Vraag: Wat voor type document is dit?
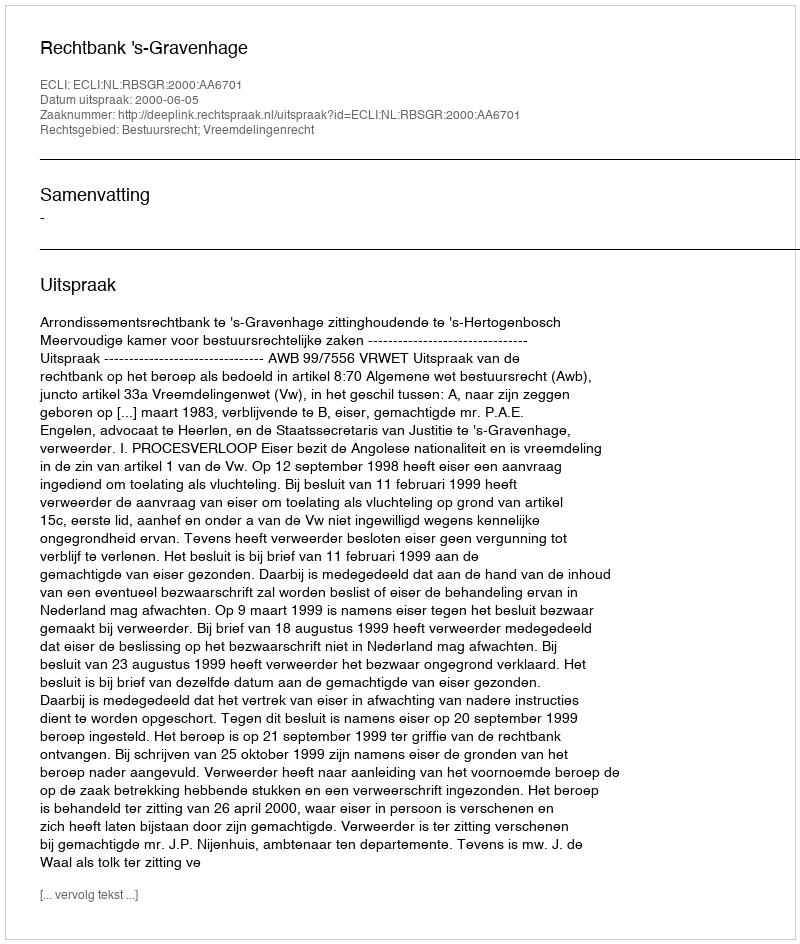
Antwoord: Uitspraak